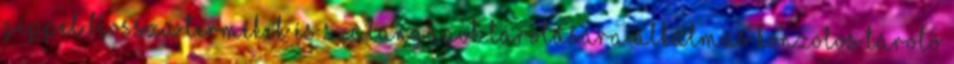
géppel Hosszú termékek és szálanyagok tárolására alkalmas konzolos tároló